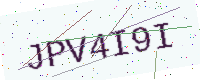
Text: JPV4I9I